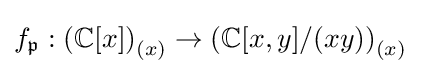
f_{\mathfrak {p}}:\left(\mathbb {C} [x]\right)_{(x)}\to \left(\mathbb {C} [x,y]/(xy)\right)_{(x)}